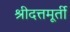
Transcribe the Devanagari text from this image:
श्रीदत्तमूर्ती